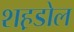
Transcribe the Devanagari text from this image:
शह़डोल